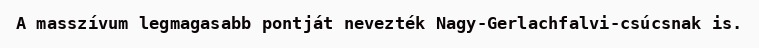
A masszívum legmagasabb pontját nevezték Nagy-Gerlachfalvi-csúcsnak is.